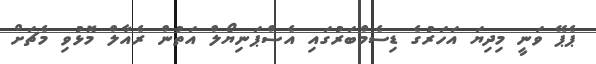
ޕެޕޭ ވަނީ މިދިޔަ އަހަރުގެ ޑިސެމްބަރުގައި އެސްޕަނިޔޯލް އަތުން ރެއާލް މޮޅުވި މެޗަށް